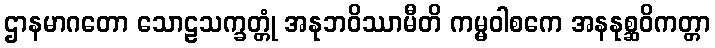
ဌာနမာဂတော သောဠသက္ခတ္တုံ အနုဘဝိဿာမီတိ ကမ္မဝါစကေ အနနုစ္ဆဝိကတ္တာ